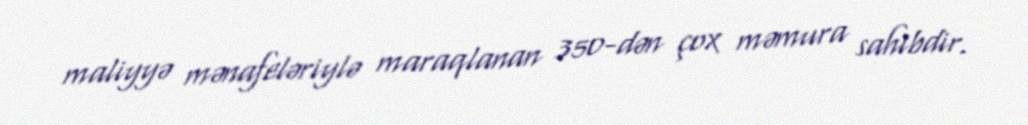
maliyyə mənafeləriylə maraqlanan 350-dən çox məmura sahibdir.